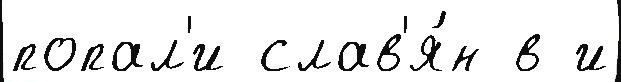
попал'и слав'я́н в и